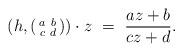
LaTeX: \begin{align*}\left( h, (\begin{smallmatrix} a & b \\ c& d\end{smallmatrix}) \right) \cdot z \ = \ \frac{az + b}{cz + d}.\end{align*}